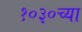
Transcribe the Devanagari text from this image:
१०३०च्या